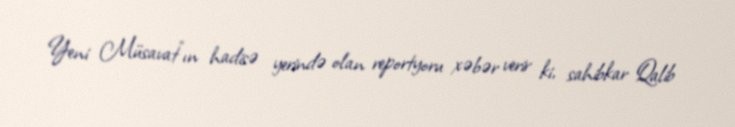
Yeni Müsavat"ın hadisə yerində olan reportyoru xəbər verir ki, sahibkar Qalib